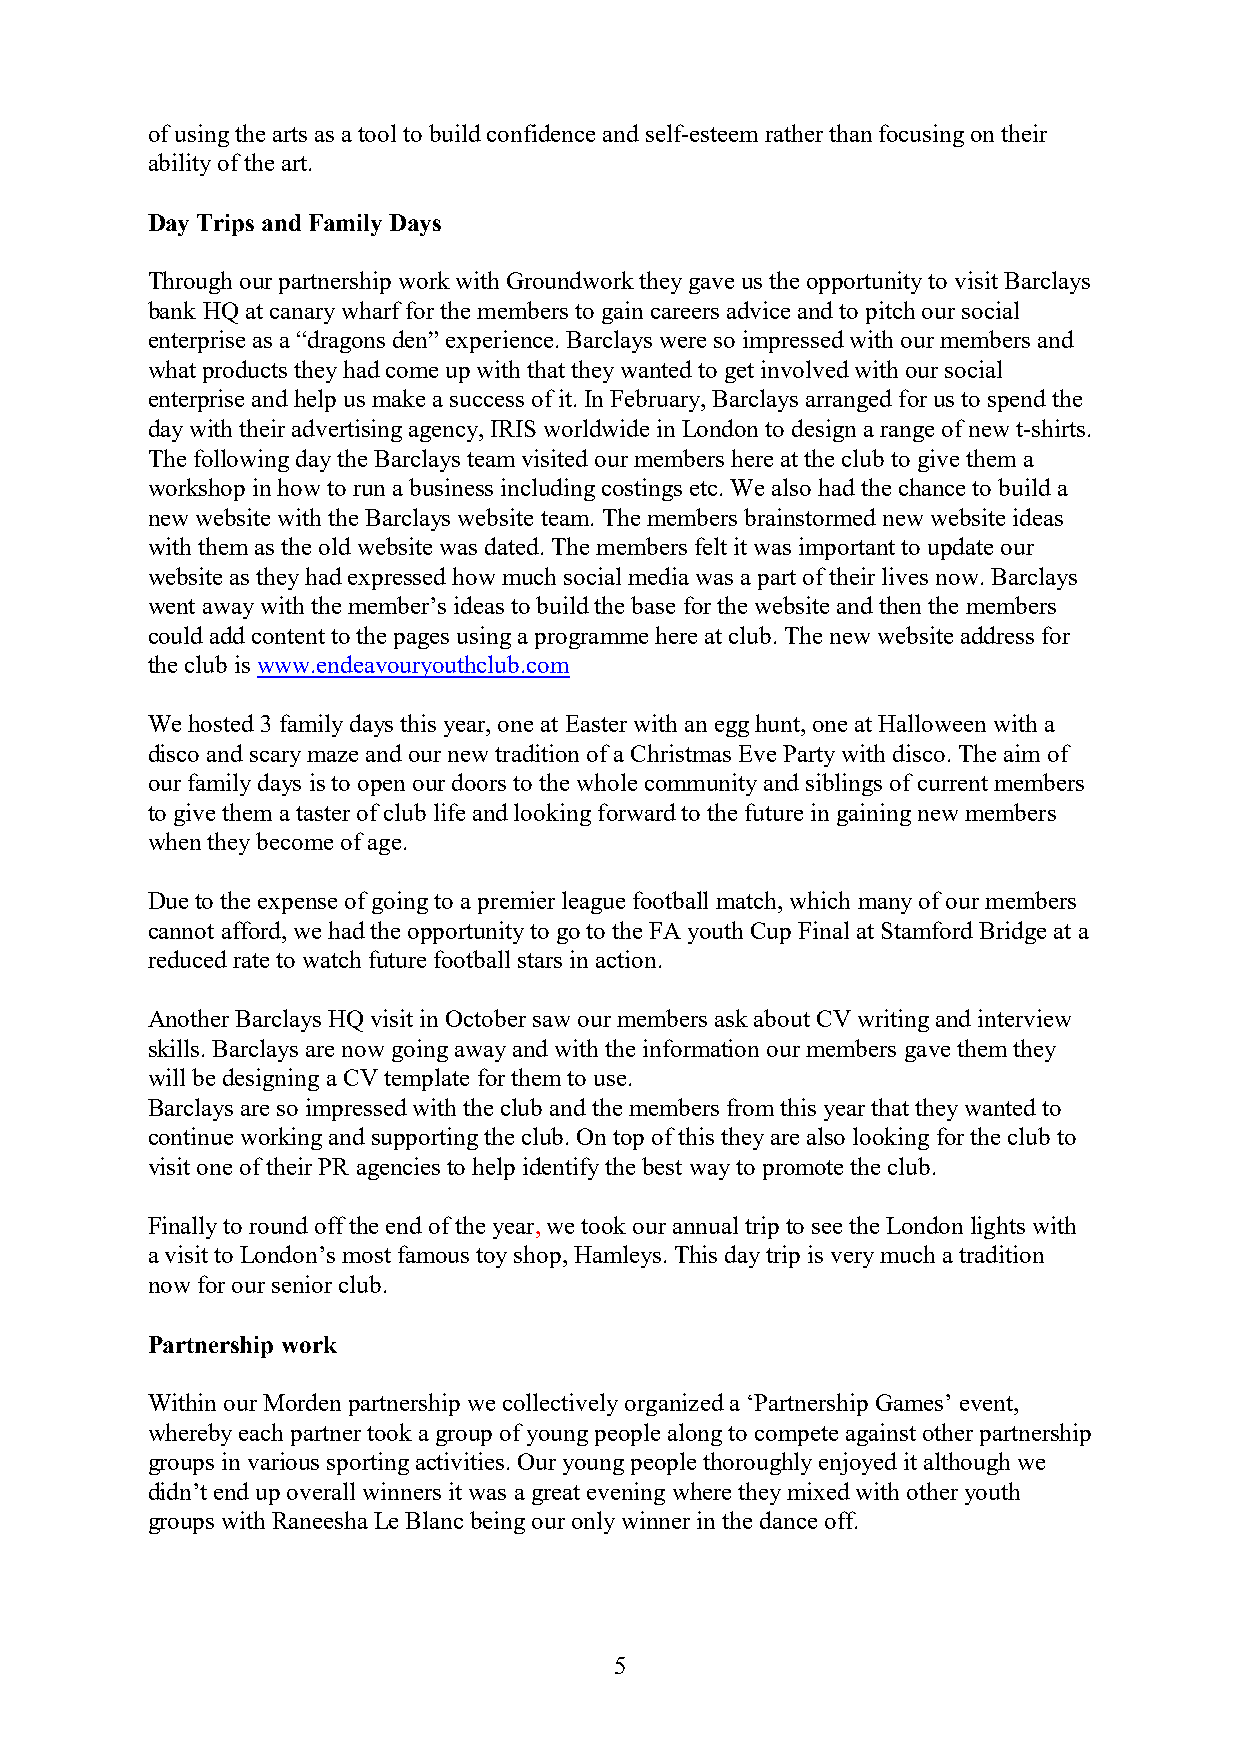
of using the arts as a tool to build confidence and self-esteem rather than focusing on their
 ability of the art.
 Day Trips and Family Days
 Through our partnership work with Groundwork they gave us the opportunity to visit Barclays
 bank HQ at canary wharf for the members to gain careers advice and to pitch our social
 enterprise as a “dragons den” experience. Barclays were so impressed with our members and
 what products they had come up with that they wanted to get involved with our social
 enterprise and help us make a success of it. In February, Barclays arranged for us to spend the
 day with their advertising agency, IRIS worldwide in London to design a range of new t-shirts.
 The following day the Barclays team visited our members here at the club to give them a
 workshop in how to run a business including costings etc. We also had the chance to build a
 new website with the Barclays website team. The members brainstormed new website ideas
 with them as the old website was dated. The members felt it was important to update our
 website as they had expressed how much social media was a part of their lives now. Barclays
 went away with the member’s ideas to build the base for the website and then the members
 could add content to the pages using a programme here at club. The new website address for
 the club is www.endeavouryouthclub.com
 We hosted 3 family days this year, one at Easter with an egg hunt, one at Halloween with a
 disco and scary maze and our new tradition of a Christmas Eve Party with disco. The aim of
 our family days is to open our doors to the whole community and siblings of current members
 to give them a taster of club life and looking forward to the future in gaining new members
 when they become of age.
 Due to the expense of going to a premier league football match, which many of our members
 cannot afford, we had the opportunity to go to the FA youth Cup Final at Stamford Bridge at a
 reduced rate to watch future football stars in action.
 Another Barclays HQ visit in October saw our members ask about CV writing and interview
 skills. Barclays are now going away and with the information our members gave them they
 will be designing a CV template for them to use.
 Barclays are so impressed with the club and the members from this year that they wanted to
 continue working and supporting the club. On top of this they are also looking for the club to
 visit one of their PR agencies to help identify the best way to promote the club.
 Finally to round off the end of the year, we took our annual trip to see the London lights with
 a visit to London’s most famous toy shop, Hamleys. This day trip is very much a tradition
 now for our senior club.
 Partnership work
 Within our Morden partnership we collectively organized a ‘Partnership Games’ event,
 whereby each partner took a group of young people along to compete against other partnership
 groups in various sporting activities. Our young people thoroughly enjoyed it although we
 didn’t end up overall winners it was a great evening where they mixed with other youth
 groups with Raneesha Le Blanc being our only winner in the dance off.
 5